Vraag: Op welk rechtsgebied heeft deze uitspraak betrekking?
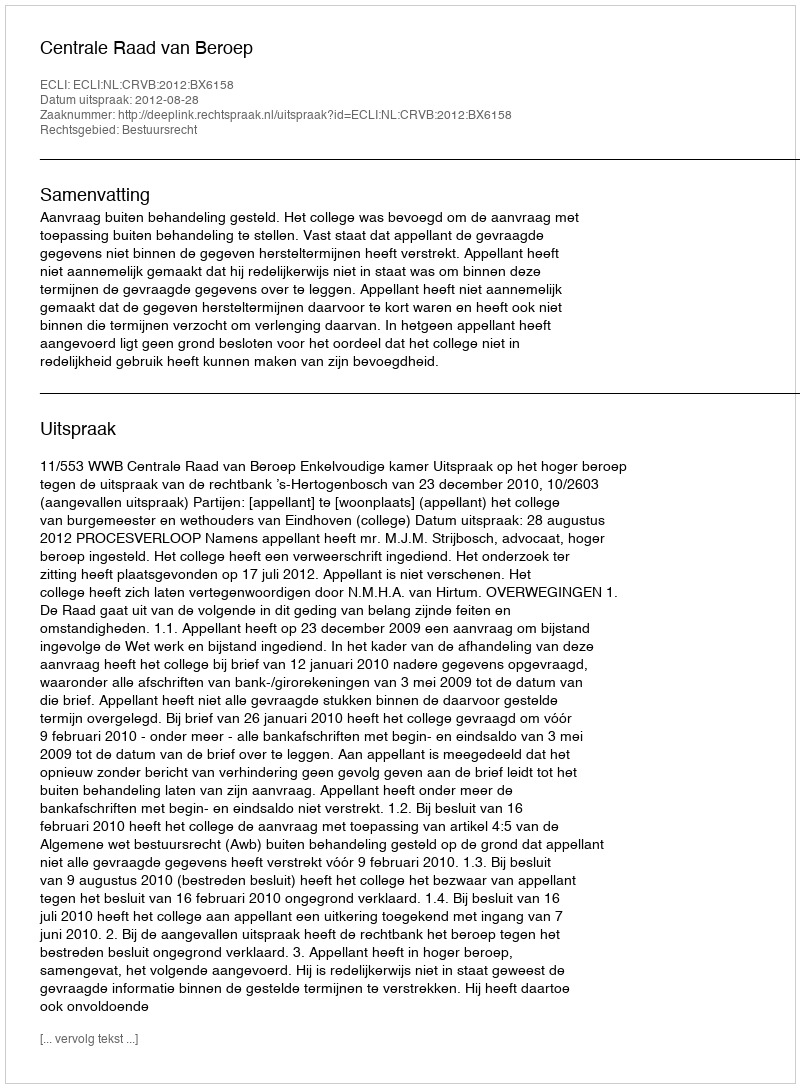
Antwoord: Bestuursrecht